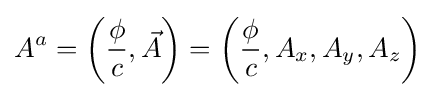
A^{a}=\left({\frac {\phi }{c}},{\vec {A}}\right)=\left({\frac {\phi }{c}},A_{x},A_{y},A_{z}\right)